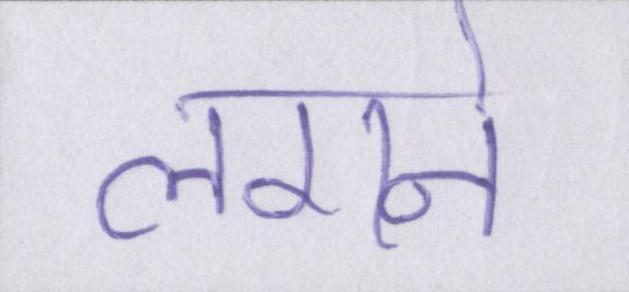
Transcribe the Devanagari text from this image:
लगने